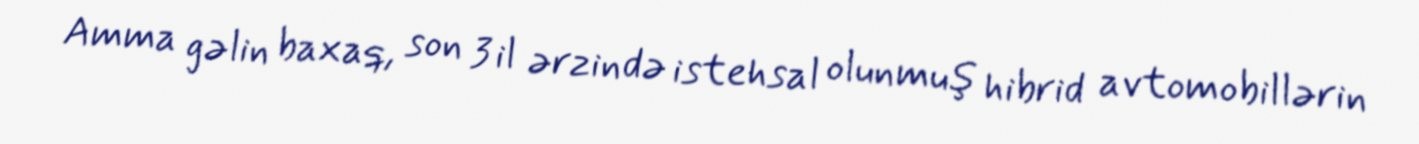
Amma gəlin baxaq, son 3 il ərzində istehsal olunmuş hibrid avtomobillərin